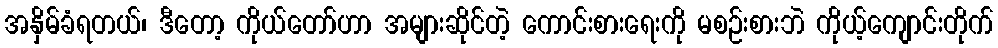
အနှိမ်ခံရတယ်၊ ဒီတော့ ကိုယ်တော်ဟာ အများဆိုင်တဲ့ ကောင်းစားရေးကို မစဉ်းစားဘဲ ကိုယ့်ကျောင်းတိုက်